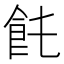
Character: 𩚊